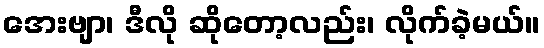
အေးဗျာ၊ ဒီလို ဆိုတော့လည်း၊ လိုက်ခဲ့မယ်။